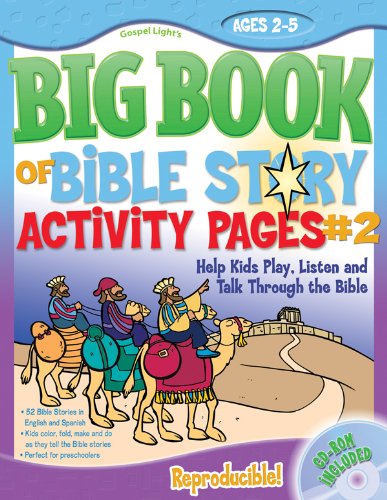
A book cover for The Big Book of Bible Story Activity Pages #2: 52 Bible stories in both SPANISH and English! Every story has an activity page that reinforces the story! Reproducible, CD-ROM included (Big Books); Gospel Light; Christian Books & Bibles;